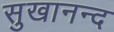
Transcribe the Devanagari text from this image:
सुखानन्द